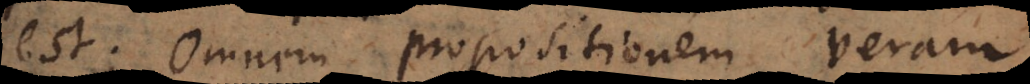
est; omnem propositionem veram